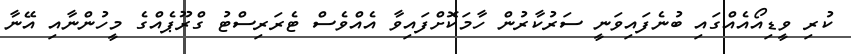
ކުރި ވީޑިއޯއެއްގައި ބުނެފައިވަނީ ސަރުކާރުން ހާމަކޮށްފައިވާ އެއްވެސް ޓެރަރިސްޓު ގްރޫޕެއްގެ މީހުންނާއި އޭނާ